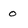
Character: 0